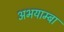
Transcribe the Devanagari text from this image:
अभयाम्बा